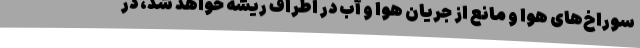
سوراخ‌های هوا و مانع از جریان هوا و آب در اطراف ریشه خواهد شد، در